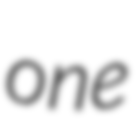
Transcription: one